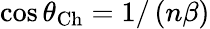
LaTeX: \cos\theta_{\mathrm{Ch}}=1/\left(n\beta\right)